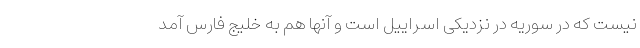
نیست که در سوریه در نزدیکی اسراییل است و آنها هم به خلیج فارس آمد